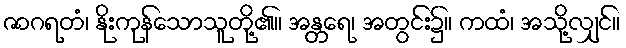
ဇာဂရတံ၊ နိုးကုန်သောသူတို့၏။ အန္တရေ၊ အတွင်း၌။ ကထံ၊ အသို့လျှင်။